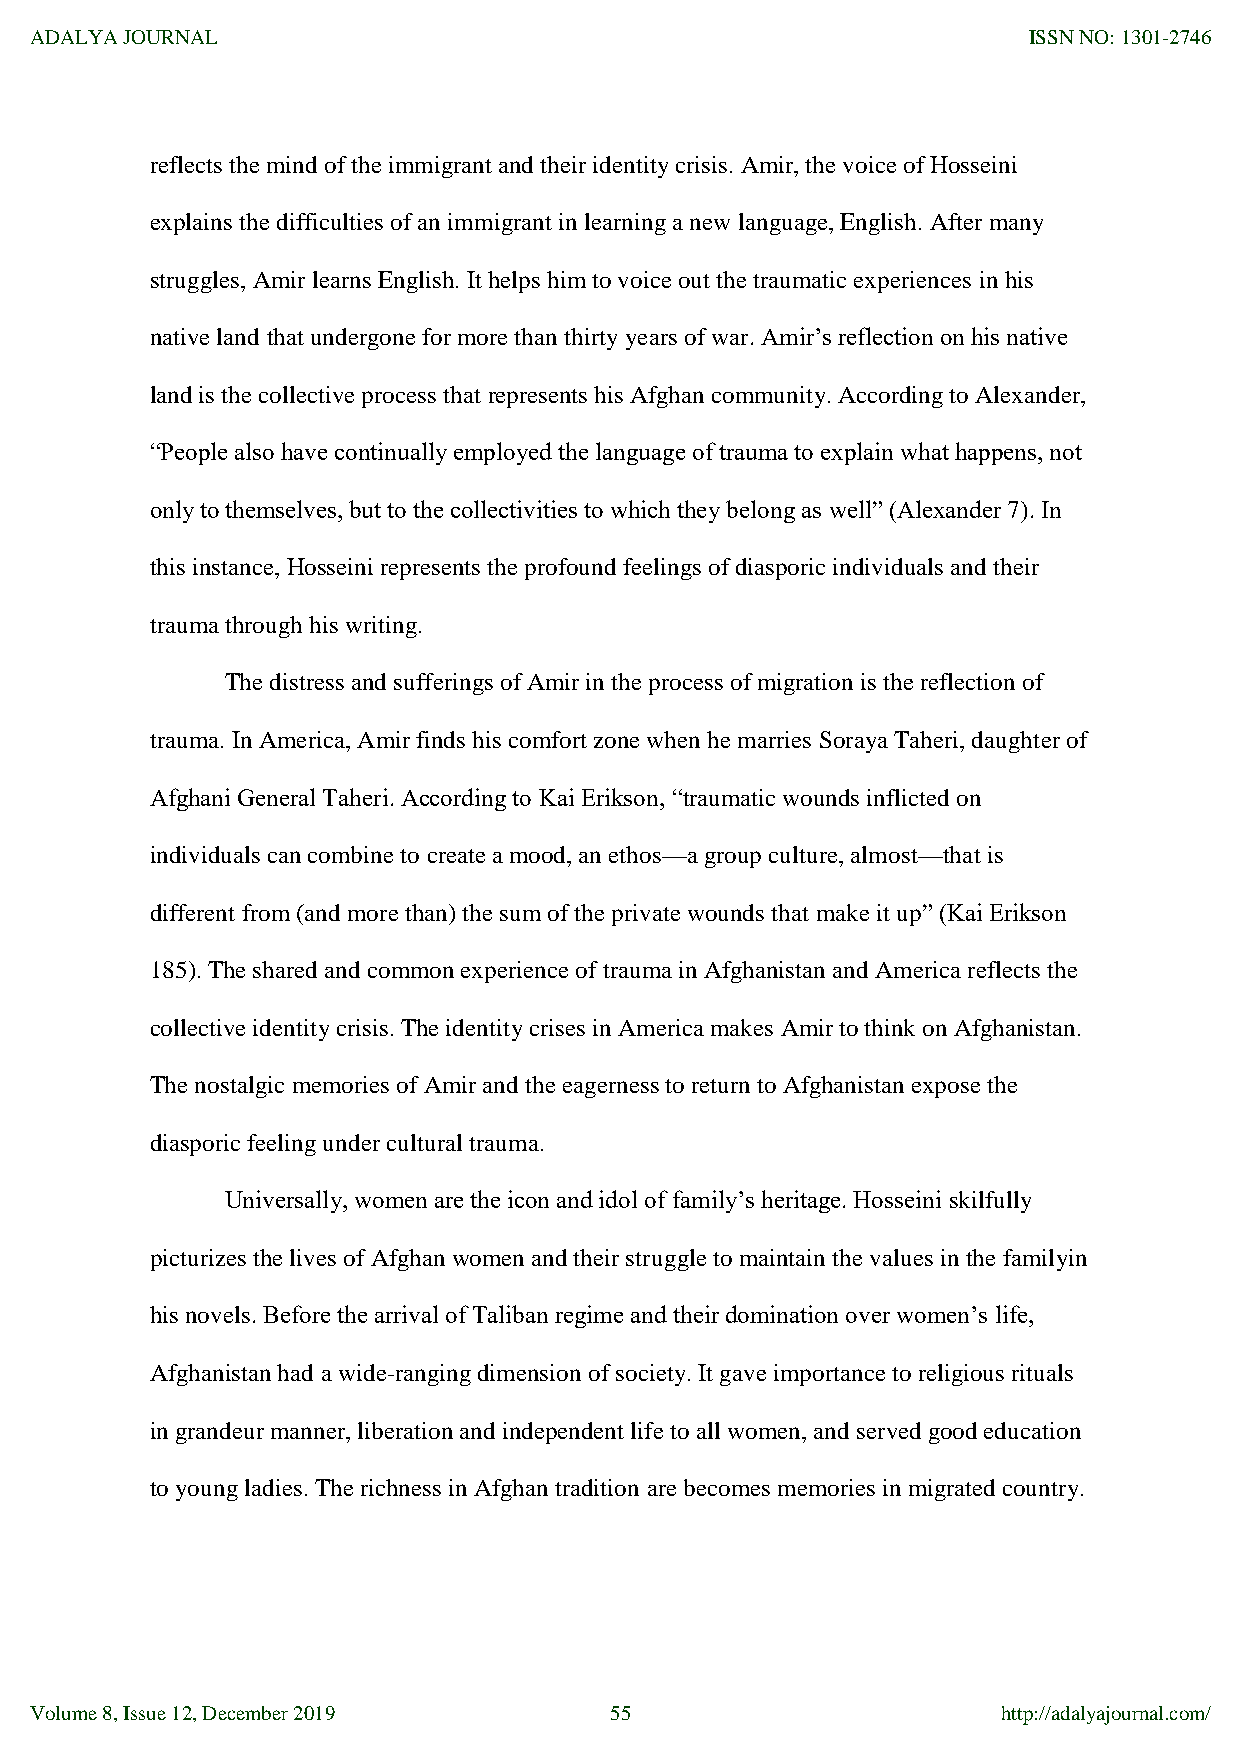
ADALYA JOURNAL                                                    ISSN NO: 1301-2746
 reflects the mind of the immigrant and their identity crisis. Amir, the voice of Hosseini
 explains the difficulties of an immigrant in learning a new language, English. After many
 struggles, Amir learns English. It helps him to voice out the traumatic experiences in his
 native land that undergone for more than thirty years of war. Amir‟s reflection on his native
 land is the collective process that represents his Afghan community. According to Alexander,
 “People also have continually employed the language of trauma to explain what happens, not
 only to themselves, but to the collectivities to which they belong as well” (Alexander 7). In
 this instance, Hosseini represents the profound feelings of diasporic individuals and their
 trauma through his writing.
 The distress and sufferings of Amir in the process of migration is the reflection of
 trauma. In America, Amir finds his comfort zone when he marries Soraya Taheri, daughter of
 Afghani General Taheri. According to Kai Erikson, “traumatic wounds inflicted on
 individuals can combine to create a mood, an ethos—a group culture, almost—that is
 different from (and more than) the sum of the private wounds that make it up” (Kai Erikson
 185). The shared and common experience of trauma in Afghanistan and America reflects the
 collective identity crisis. The identity crises in America makes Amir to think on Afghanistan.
 The nostalgic memories of Amir and the eagerness to return to Afghanistan expose the
 diasporic feeling under cultural trauma.
 Universally, women are the icon and idol of family‟s heritage. Hosseini skilfully
 picturizes the lives of Afghan women and their struggle to maintain the values in the familyin
 his novels. Before the arrival of Taliban regime and their domination over women‟s life,
 Afghanistan had a wide-ranging dimension of society. It gave importance to religious rituals
 in grandeur manner, liberation and independent life to all women, and served good education
 to young ladies. The richness in Afghan tradition are becomes memories in migrated country.
 Volume 8, Issue 12, December 2019     55                        http://adalyajournal.com/